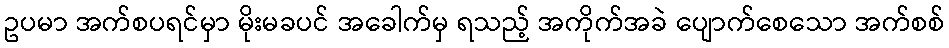
ဥပမာ အက်စပရင်မှာ မိုးမခပင် အခေါက်မှ ရသည့် အကိုက်အခဲ ပျောက်စေသော အက်စစ်